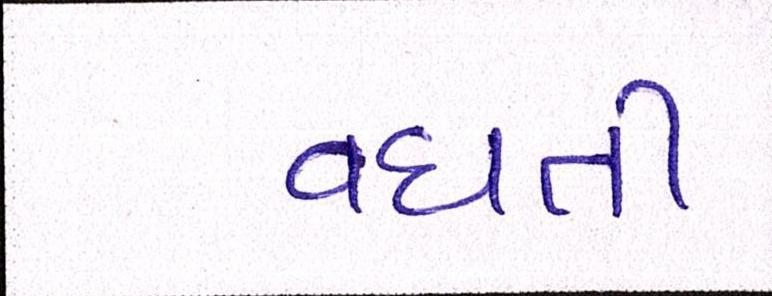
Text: વધતી